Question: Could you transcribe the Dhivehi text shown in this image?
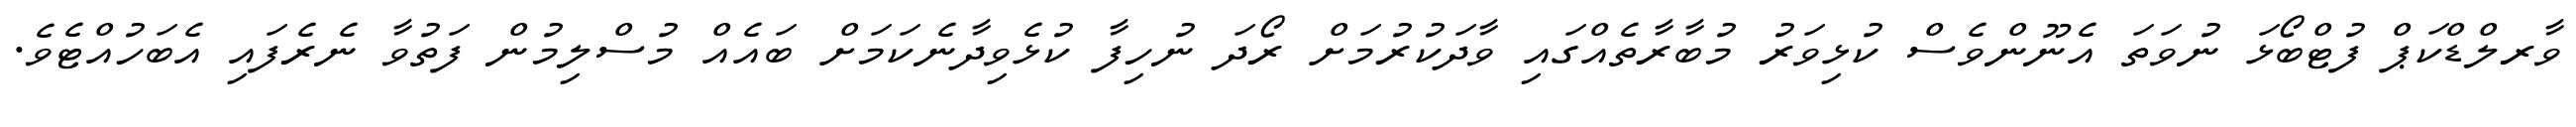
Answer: ވާރލްޑްކަޕް ފުޓްބޯޅަ ނުވަތަ އެނޫންވެސް ކުޅިވަރު މުބާރާތެއްގައި ވާދަކުރުމަށް ރޯދަ ނުހިފާ ކުޅެވިދާނެކަމަށް ބައެއް މުސްލިމުން ފަތުވާ ނެރެފައި އެބަހުއްޓެވެ.